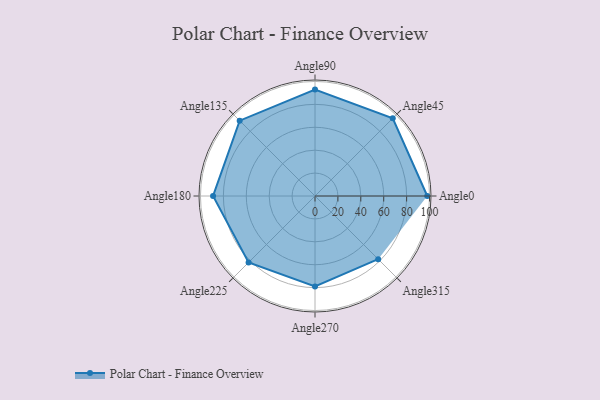
{"axis": {"x": "Angle", "y": "Radius"}, "legend": [""], "data": [{"x": "Angle0", "y": 98.0, "type": ""}, {"x": "Angle45", "y": 96.0, "type": ""}, {"x": "Angle90", "y": 93.0, "type": ""}, {"x": "Angle135", "y": 93.0, "type": ""}, {"x": "Angle180", "y": 89.0, "type": ""}, {"x": "Angle225", "y": 82.0, "type": ""}, {"x": "Angle270", "y": 79.0, "type": ""}, {"x": "Angle315", "y": 78.0, "type": ""}]}